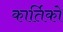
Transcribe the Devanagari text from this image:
कार्तिको